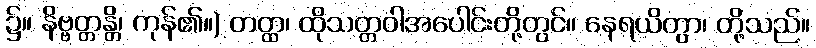
၌။ နိဗ္ဗတ္တန္တိ၊ ကုန်၏။) တတ္ထ၊ ထိုသတ္တဝါအပေါင်းတို့တွင်။ နေရယိတွာ၊ တို့သည်။